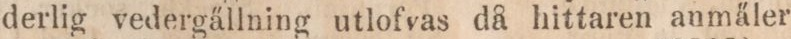
derlig vedergällning utlofvas då hittaren anmäler